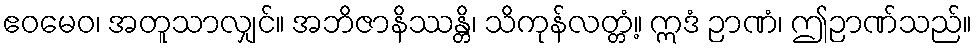
ဧဝမေဝ၊ အတူသာလျှင်။ အဘိဇာနိဿန္တိ၊ သိကုန်လတ္တံ့။ ဣဒံ ဉာဏံ၊ ဤဉာဏ်သည်။